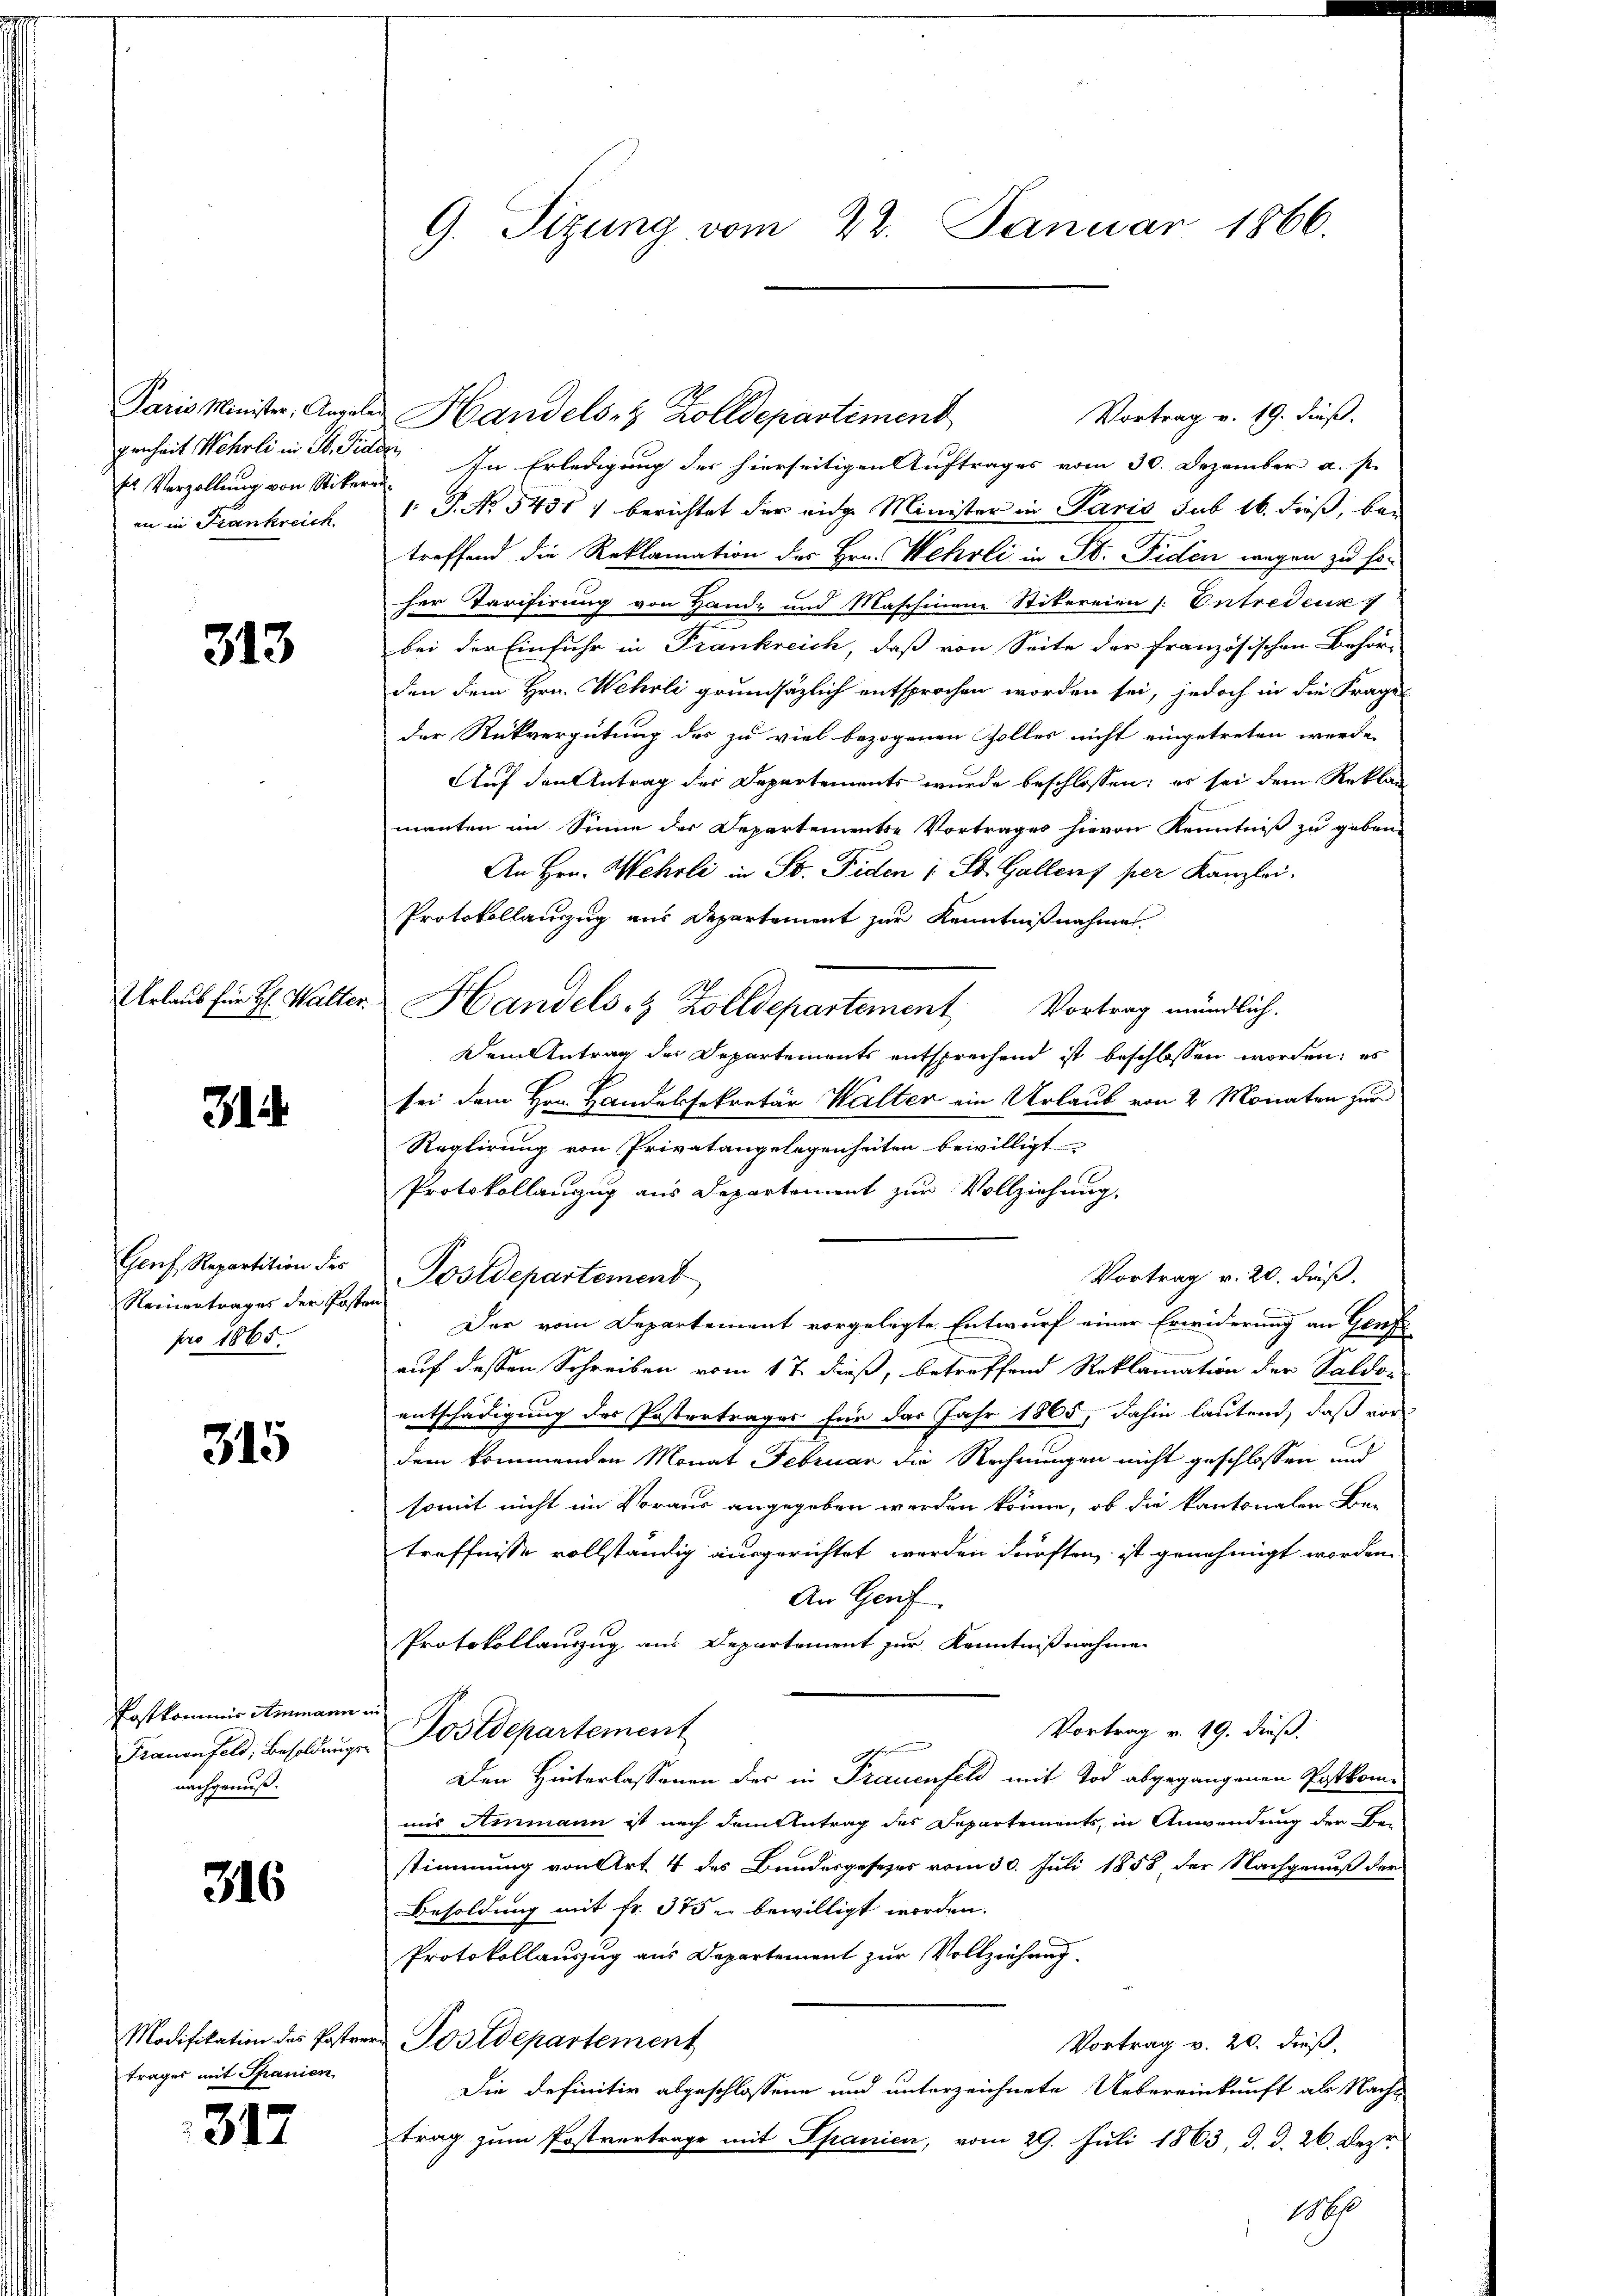
Paris Minister, Angele
genheit Wehrli in St. Fide
ses Verzellung von Stikern
in in Frankreich.

313

Urlaub für H: Walter.

3

Genf, Repartition des
Reinentrages der Poste
pro 1865.

315

Postkommis Ammann
Frauenfeld, Besoldungs-
nachgenuß.

316

Modifikation des Posten
trages mit Spanien

317

G. Sizung vom 22. Januar 1866.

“. In Erledigung der hierseitigen Auftrages vom 30. Dezember a. p.
1. P. No. 5431) berichtet der eige Minister in Paris sub 16. dieß, bei
troffend die Reklamation des Hrn. Wehrli in St. Fiden wegen zu sor
her Tarifirung von Hande und Maschinen Stitereien /: Entredenz
bei der Einfuhr in Frankreich, daß von Seite der französischen Behör-
den dem Hrn. Wehrli grundsätzlich entsprochen worden sei, jedoch in die Frage
der Rückvergütung des zu viel bezogenen Zollers nicht eingetreten werde.
Auf den Antrag der Departements wurde beschlossen; es sei dem Reklan
manten im Sinne der Departemente Vortrages hievon Kenntniß zu geben.
An Hrn. Wehrli in St. Fiden : St. Gallenz per Kanzlei.
Protokollauszug aus Departement zur Kenntnißnahme
Handels- & Zolldepartement Vortrag mündlich.
Dem Antrag des Departements entsprechend ist beschlossen worden; es
sei dem Hrn. Handelsekretär Walter ein Urlaub von 2 Monaten zur
Reglirung von Privatangelegenheiten bewilligt
Protokollanzug aus Departement zur Vollziehung.
Vortrag v. 20. Fuß.
Postdepartement
Dar vom Departement vorgelegte Entwurf einer Erwiderung an Genf
auf dessen Schreiben vom 17. dieß, betreffend Reklamation der Saldon-
entschädigung des Postertrages für das Jahr 1865, dahin lautend, daß vor
dem kommenden Monat Februar die Rechnungen nicht geschlossen und
somit nicht im Voraus angegeben werden könne, ob die kantonalen Ber
treffnisse vollständig ausgerichtet werden dürften, ist genehmigt worden.
An Geri
Protokollanzug aus Departement zur Kenntnißnahme
Vortrag v. 19. dieß.
Postdepartement
.
Den Hinterlassenen der in Frauenfeld mit Tod abgegangenen Postkomuns Ammann ist nach dem Antrag des Departements, in Anwendung der Bestimmung von Art. 4 des Bundesgesezes vom 30. Juli 1858 der Nachgenuß der
Besoldung mit Fr. 375 bewilligt worden.
Protokollauszug aus Departement zur Vollziehung
Postdepartement
Vortrag v. 20. dieß,
Die definitiv abgeschlossene und unterzeichnete Uebereinkunft als Nachtrag zum Postvertrage mit Spanien, vom 29. Juli 1863, d. d. 26. Dez.
186

Vortrag v. 19. dieß.
Handels- & Zolldepartement